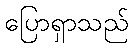
ပြောရှာသည်